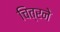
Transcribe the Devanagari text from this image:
चित्रने